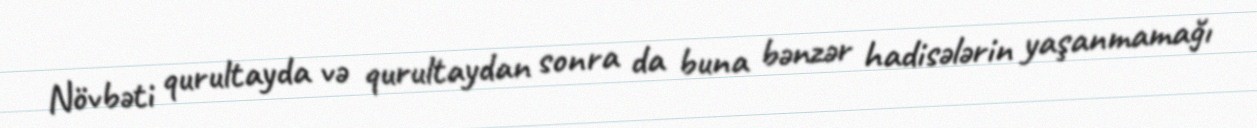
Növbəti qurultayda və qurultaydan sonra da buna bənzər hadisələrin yaşanmamağı